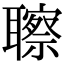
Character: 聺